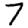
Digit: 7